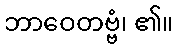
ဘာဝေတဗ္ဗံ၊ ၏။